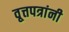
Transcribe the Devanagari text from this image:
वृ्त्तपत्रांनी